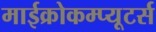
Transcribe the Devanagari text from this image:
माईक्रोकम्प्यूटर्स